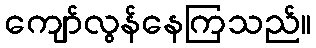
ကျော်လွန်နေကြသည်။